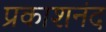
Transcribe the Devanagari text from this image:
प्रकाशनंद